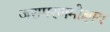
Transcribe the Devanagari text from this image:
जरामरणमोक्षाय